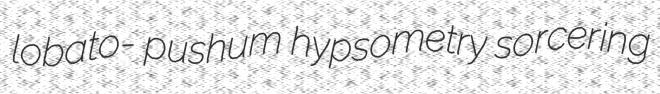
lobato- pushum hypsometry sorcering